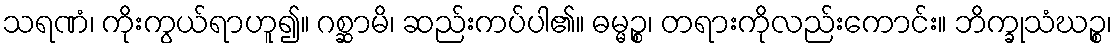
သရဏံ၊ ကိုးကွယ်ရာဟူ၍။ ဂစ္ဆာမိ၊ ဆည်းကပ်ပါ၏။ ဓမ္မဉ္စ၊ တရားကိုလည်းကောင်း။ ဘိက္ခုသံဃဉ္စ၊